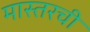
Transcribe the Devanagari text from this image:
मास्तरची